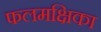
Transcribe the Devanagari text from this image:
फलमक्षिका